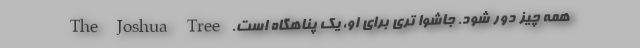
همه چیز دور شود. جاشوا تری برای او، یک پناهگاه است. The Joshua Tree